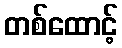
တစ်ထောင့်